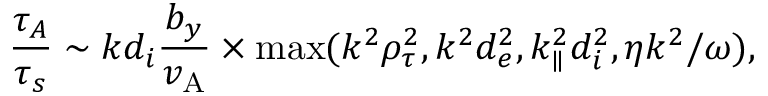
\frac { \tau _ { A } } { \tau _ { s } } \sim k d _ { i } \frac { b _ { y } } { v _ { \mathrm { A } } } \times \operatorname* { m a x } ( k ^ { 2 } \rho _ { \tau } ^ { 2 } , k ^ { 2 } d _ { e } ^ { 2 } , k _ { \parallel } ^ { 2 } d _ { i } ^ { 2 } , \eta k ^ { 2 } / \omega ) ,